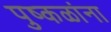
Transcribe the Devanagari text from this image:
पुष्‍कळांना